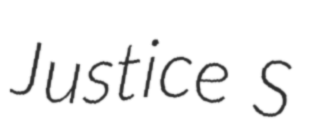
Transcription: Justice S